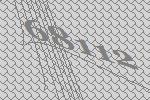
68112